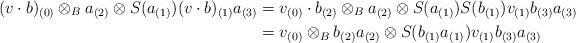
LaTeX: \begin{align*}(v\cdot b)_{(0)} \otimes_B a_{(2)} \otimes S(a_{(1)}) (v\cdot b)_{(1)} a_{(3)}& =v_{(0)}\cdot b_{(2)} \otimes_B a_{(2)} \otimes S(a_{(1)})S(b_{(1)}) v_{(1)} b_{(3)}a_{(3)}\\& = v_{(0)} \otimes_B b_{(2)}a_{(2)} \otimes S(b_{(1)}a_{(1)}) v_{(1)} b_{(3)}a_{(3)}\end{align*}